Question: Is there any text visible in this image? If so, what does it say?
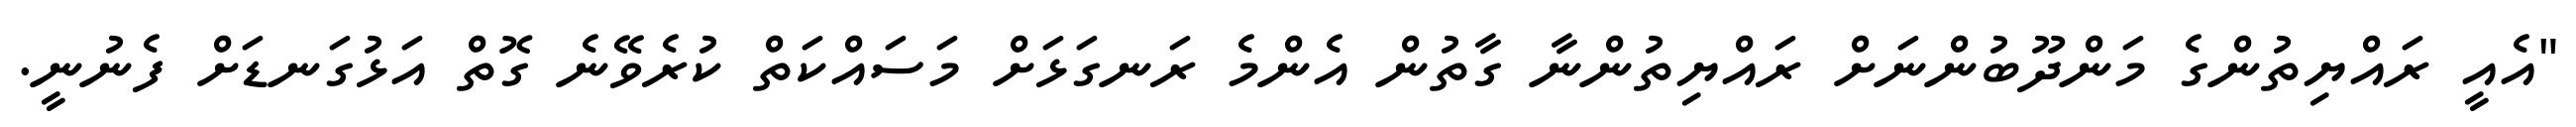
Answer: "އެއީ ރައްޔިތުންގެ މަންދޫބުންނަށް ރައްޔިތުންނާ ގާތުން އެންމެ ރަނގަޅަށް މަސައްކަތް ކުރެވޭނެ ގޮތް އަޅުގަނޑަށް ފެނުނީ.